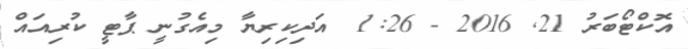
އޮކްޓޯބަރު 21